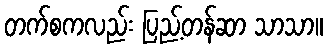
တက်စကလည်း ပြည့်တန်ဆာ သာသာ။